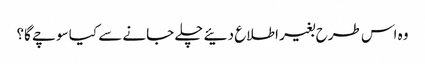
وہ اس طرح بغیر اطلاع دئیے چلے جانے سے کیا سوچے گا؟